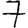
Digit: 7